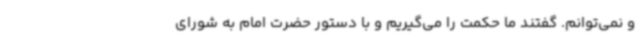
و نمی‌توانم. گفتند ما حکمت را می‌گیریم و با دستور حضرت امام به شورای